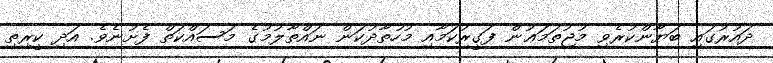
ދައުރުގައި ބަޔާންކުރެވި މުޖުތަމަޢުން ފަގީރުކަމާއި މުހުތާދުކަން ނައްތާލުމުގެ މަސައްކަތް ފެށުނެވެ. އަދި ކީރިތި